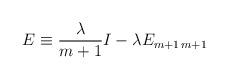
LaTeX: \begin{align*}E \equiv \frac{\lambda }{ m+1} I - \lambda E_{m+1 \, m+1}\end{align*}